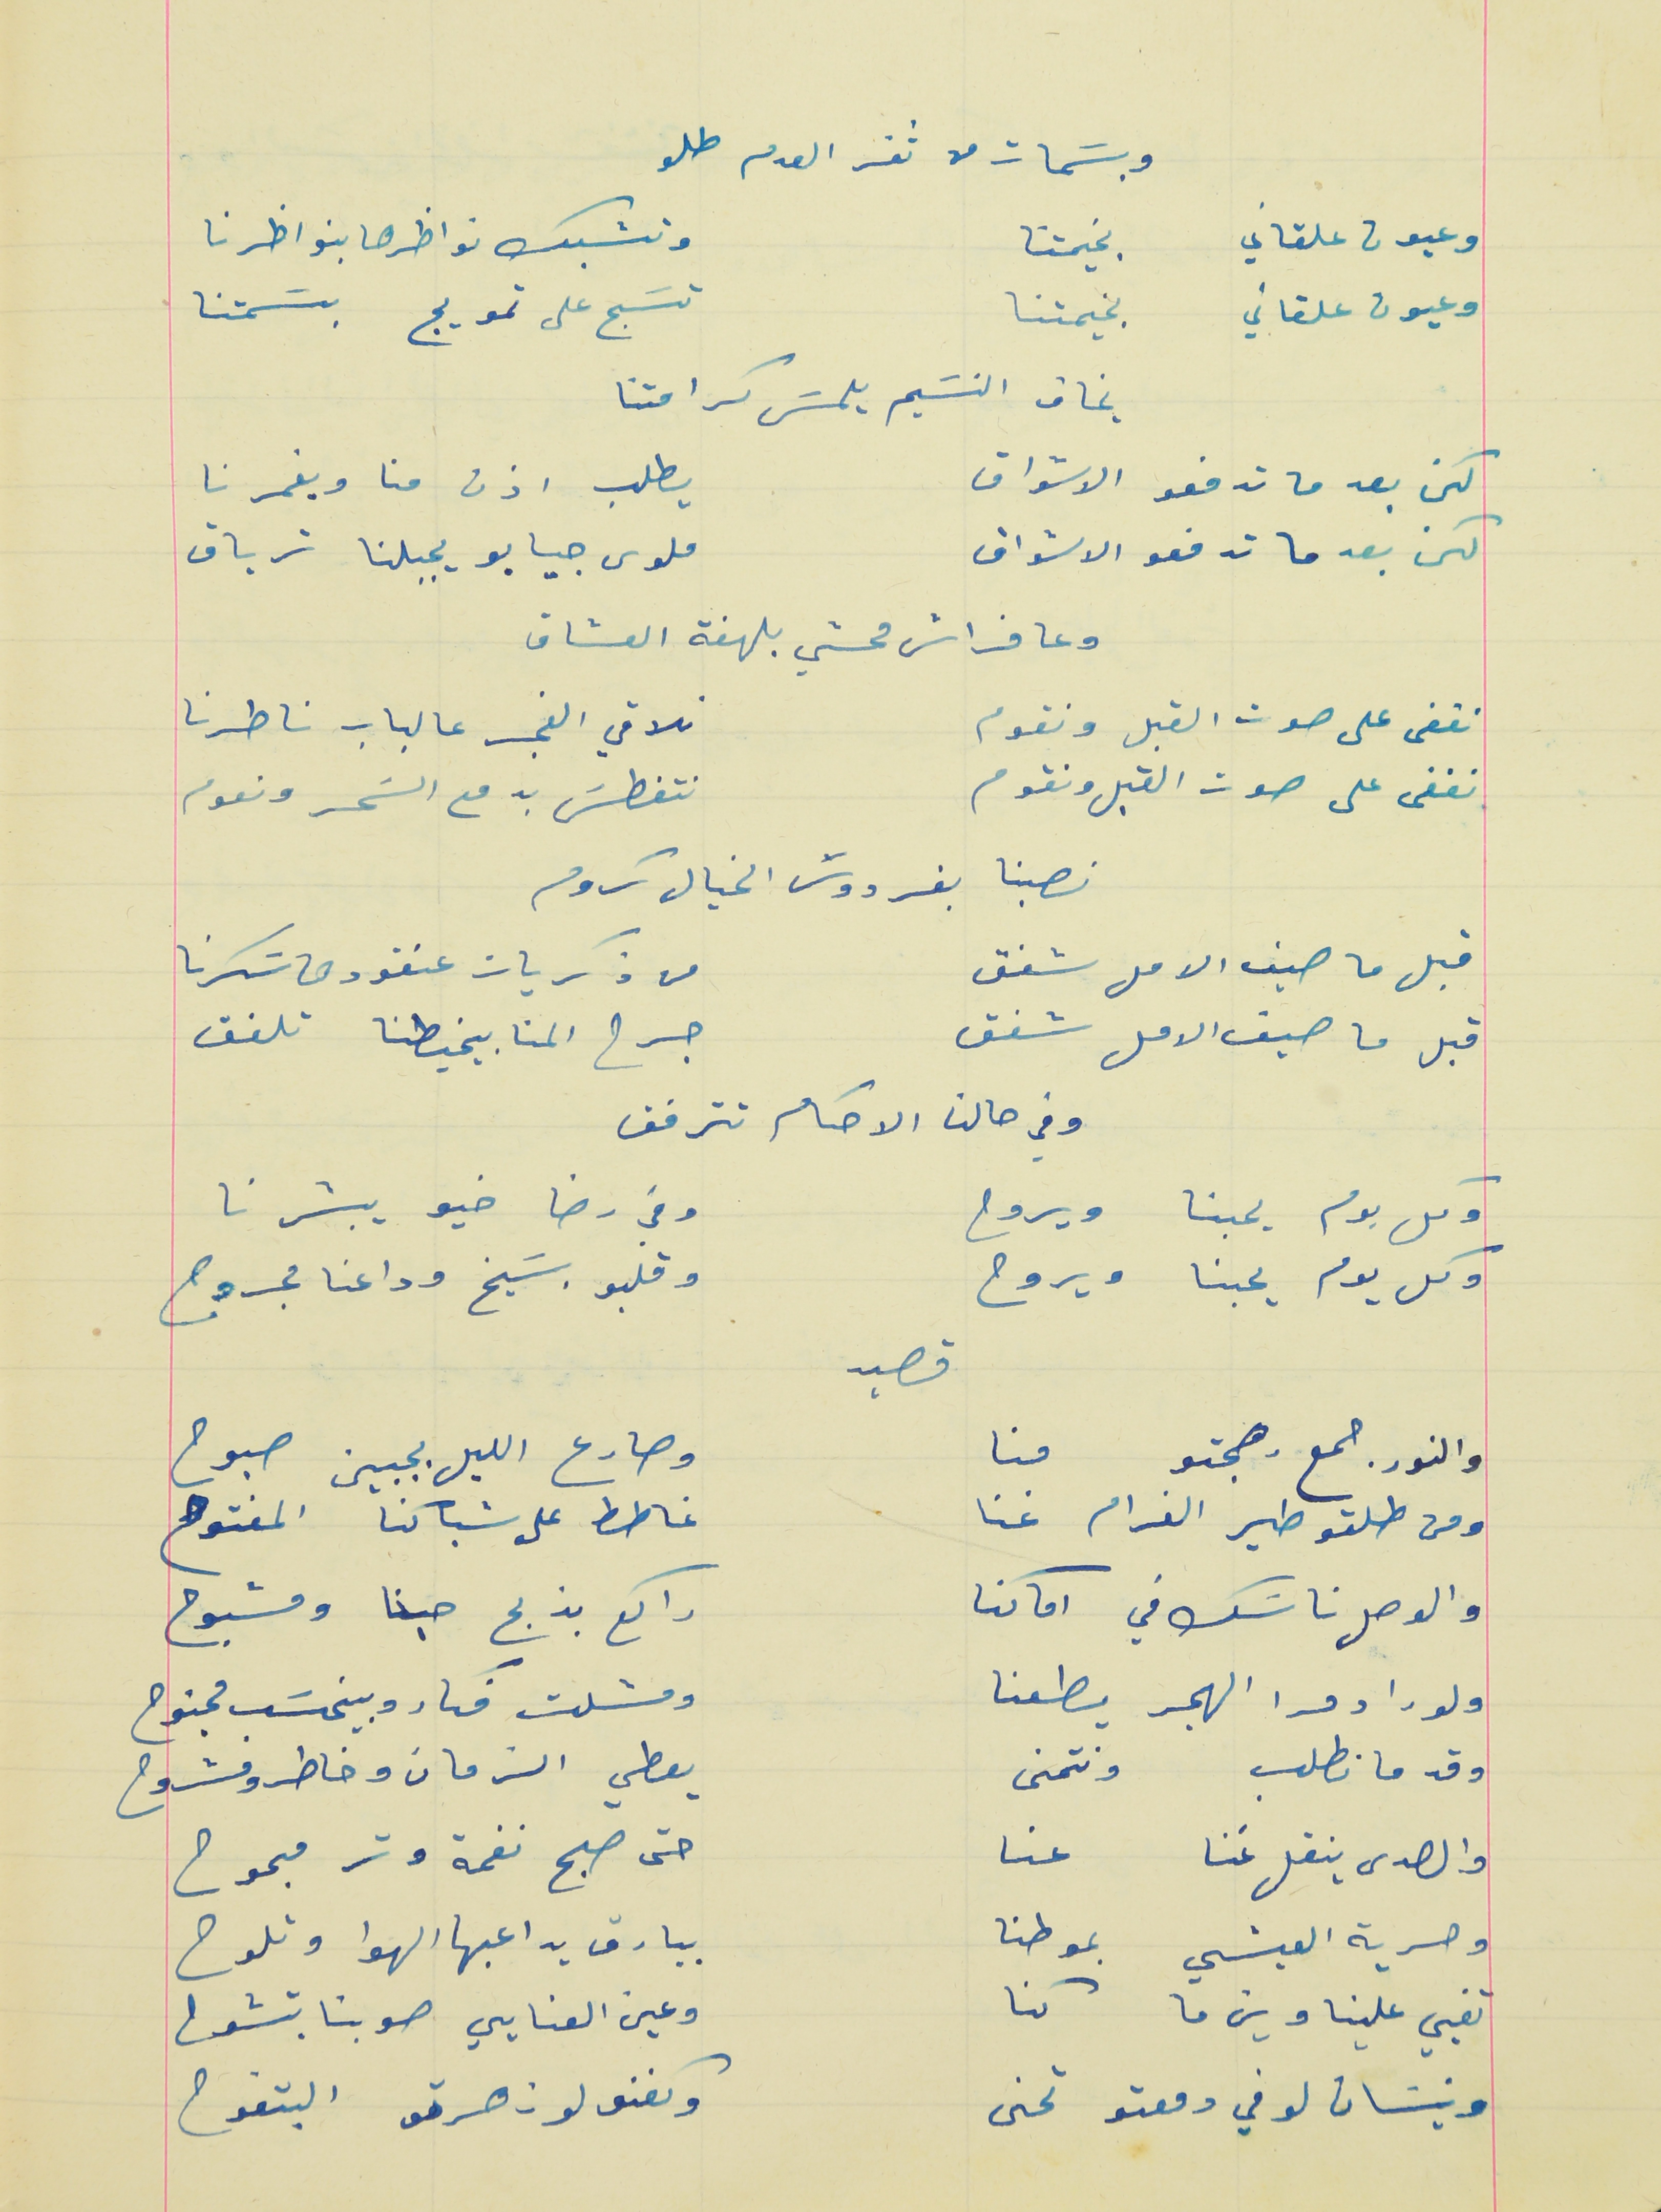
وبسَمات من ثغر العدم طلو
وعيون علقاني    بخيمتنا                                     وتشبك نواظرها بنواظرنا
وعيون علقاني   بخيمتنا                                        تسَبح على تمويج بسَمتنا
بخاف النسَيم يلمسَ كرامتنا
 لكن بعد ما تدفعو الاشواق                                      يطلب اذن منا ويغمرنا
 لكن بعد ما تدفعو الاشواق                                     ملوى جيابو يجبلنا ترياق
 وعا فراش محشي بلهفة العشاق
 نغفى على صوت القبل ونقوم                                نلاقي الفجر عالباب ناطرنا
 نغفى على صوت القبل ونقوم                                نتغطسَ بدمع السَحر ونعوم
نصبنا بفردوسَ الخيال كروم
قبل ما صيف الامل شفق                                          من ذكريات عنقودها سَكرنا
قبل ما صيف الامل شفق                                             جرح المنا بيخيطنا تلفق
 وفي حالنا الاحكام تترفق
وكل يوم يحبنا ويروح                                                     وفي رضا خيو يبشرنا
وكل يوم يحبنا ويروح                                                     وقلبو بسَيخ وداعنا مجروح
والنور جمع رهجتو  منا                                                وصارع الليل بجبين صبوح
ومن طلتو طير الغرام غنا                                             غاطط على شباكنا المفتوح
والوصل ناسَك في اماكنا                                             راكع بذبح حبنا ومشبوح
ولو راد مرا الهجر يطعنا                                               ومسَلت فكار وبينحسَب مجنوح
وقد ما نطلب ونتمنى                                                 يعطي الزمان وخاطرو مشروح
والصدى ينقل غنا  عنا                                                  حتى صبح نغمة وتر مبحوح
وحرية العيشي بموطنا                                                 بيارق يداعبها الهوا وتلوح
تفيي علينا وين ما كنا                                                 وعين العنايي صوبنا بتشوح
ونيسَان لو في دمعتو تحنى                                        وكفنو لون صرتو البتفوح
قصيد